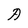
Character: A